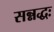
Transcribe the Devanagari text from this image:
सन्नद्धः